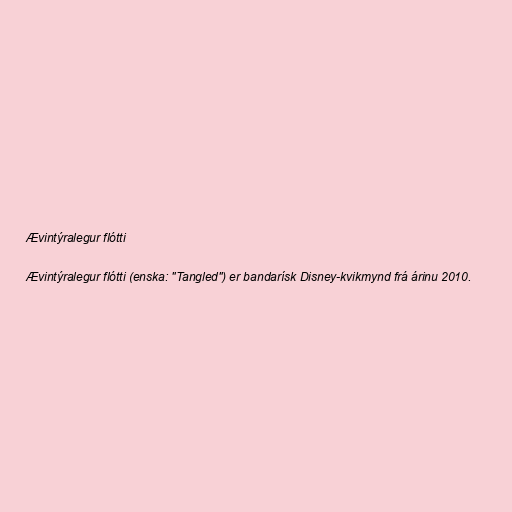
Ævintýralegur flótti

Ævintýralegur flótti (enska: "Tangled") er bandarísk Disney-kvikmynd frá árinu 2010.